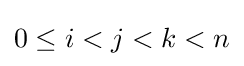
0\leq i<j<k<n